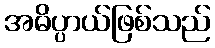
အဓိပ္ပာယ်ဖြစ်သည်